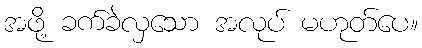
အဖို့ ခက်ခဲလှသော အလုပ် မဟုတ်ပေ။